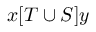
x [ T \cup S ] y